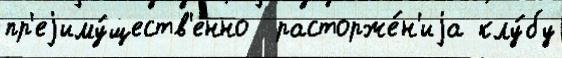
пр'еjиму́ществ'енно  расторже́н'иjа клу́бу